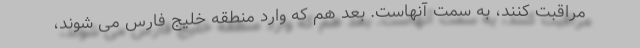
مراقبت کنند، به سمت آنهاست. بعد هم که وارد منطقه خلیج فارس می شوند،